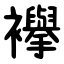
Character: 襷